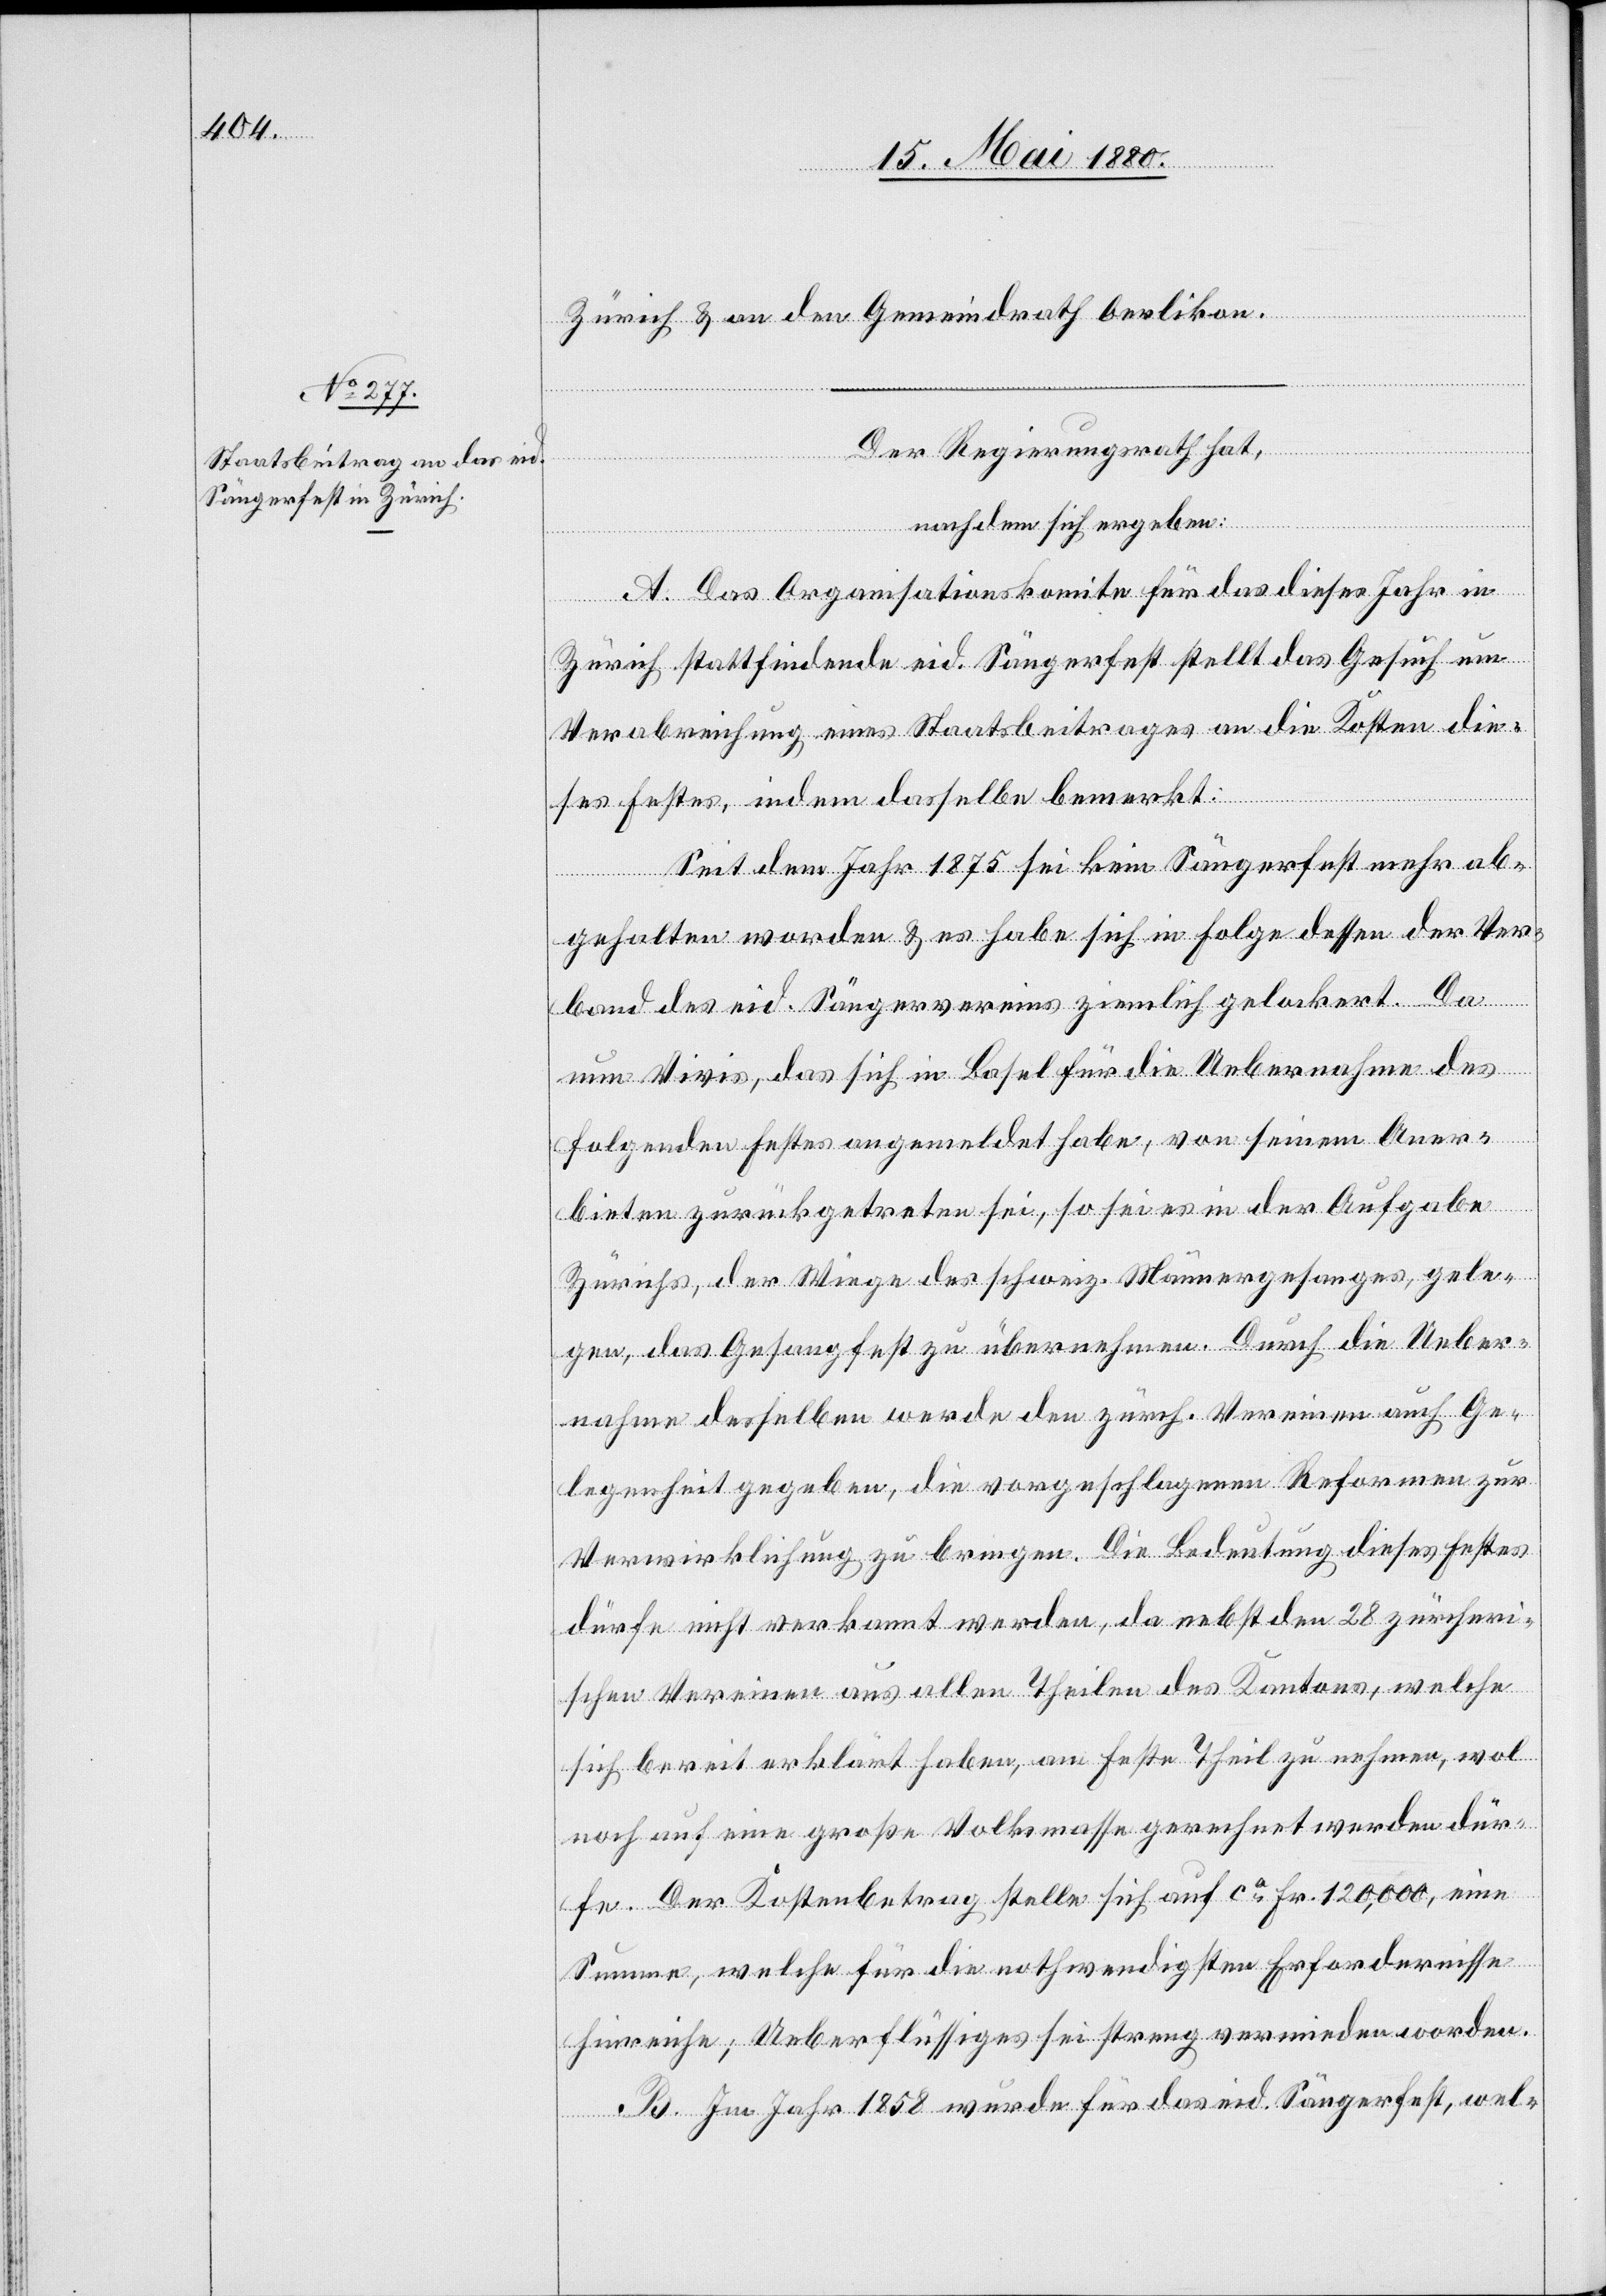
Zürich & an den Gemeindrath Oerlikon.
Der Regierungsrath hat,
nachdem sich ergeben:
A. Das Organisationskomité für das dieses Jahr in
Zürich stattfindende eid. Sängerfest stellt das Gesuch um
Verabreichung eines Staatsbeitrages an die Kosten die¬
ses Festes, indem dasselbe bemerkt:
Seit dem Jahr 1875 sei kein Sängerfest mehr ab¬
gehalten worden & es habe sich in Folge dessen der Ver¬
band des eid. Sängervereins ziemlich gelockert. Da
nun Vivis, das sich in Basel für die Uebernahme des
folgenden Festes angemeldet habe, von seinem Aner¬
bieten zurückgetreten sei, so sei es in der Aufgabe
Zürichs, der Wiege des schweiz. Männergesanges, gele¬
gen, das Gesangfest zu übernehmen. Durch die Ueber¬
nahme desselben werde den zürch. Vereinen auch Ge¬
legenheit gegeben, die vorgeschlagenen Reformen zur
Verwirklichung zu bringen. Die Bedeutung dieses Festes
dürfe nicht verkannt werden, da nebst den 28 zürcheri¬
schen Vereinen aus allen Theilen des Kantons, welche
sich bereit erklärt haben, am Fest Theil zu nehmen, wol
noch auf eine große Volksmasse gerechnet werden dür¬
fe. Der Kostenbetrag stellt sich auf ca Fr. 120,000, eine
Summe, welche für die nothwendigsten Erfordernisse
hinreiche; Ueberflüssiges sei streng vermieden worden.
C. Im Jahr 1858 wurde für das eid. Sängerfest, wel-